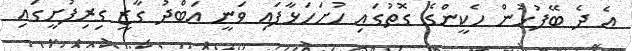
އެ ދެ ބޭފުޅުން ހެކީންގެ ގޮތުގައި ހުށަހަޅާފައި ވަނީ އަބްދު ގާޒީ ގިރިފުށީގައި